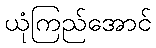
ယုံကြည်အောင်